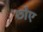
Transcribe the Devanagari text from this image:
छोए